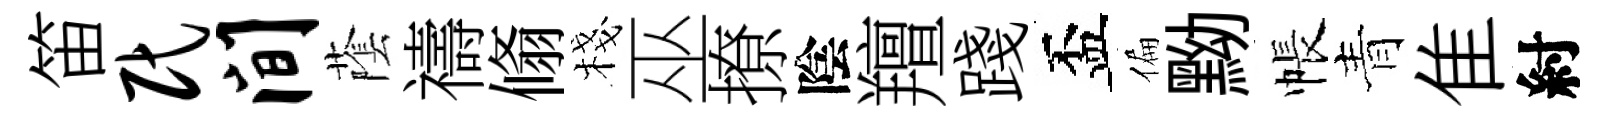
笛民间䕃禱翛棧巫撩陰羶踐盃偏黝帳青隹紂